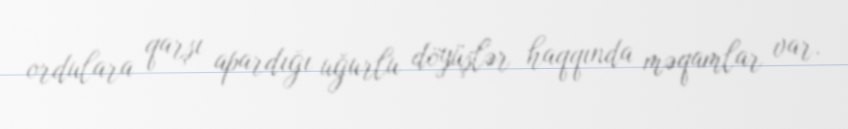
ordulara qarşı apardığı uğurlu döyüşlər haqqında məqamlar var.